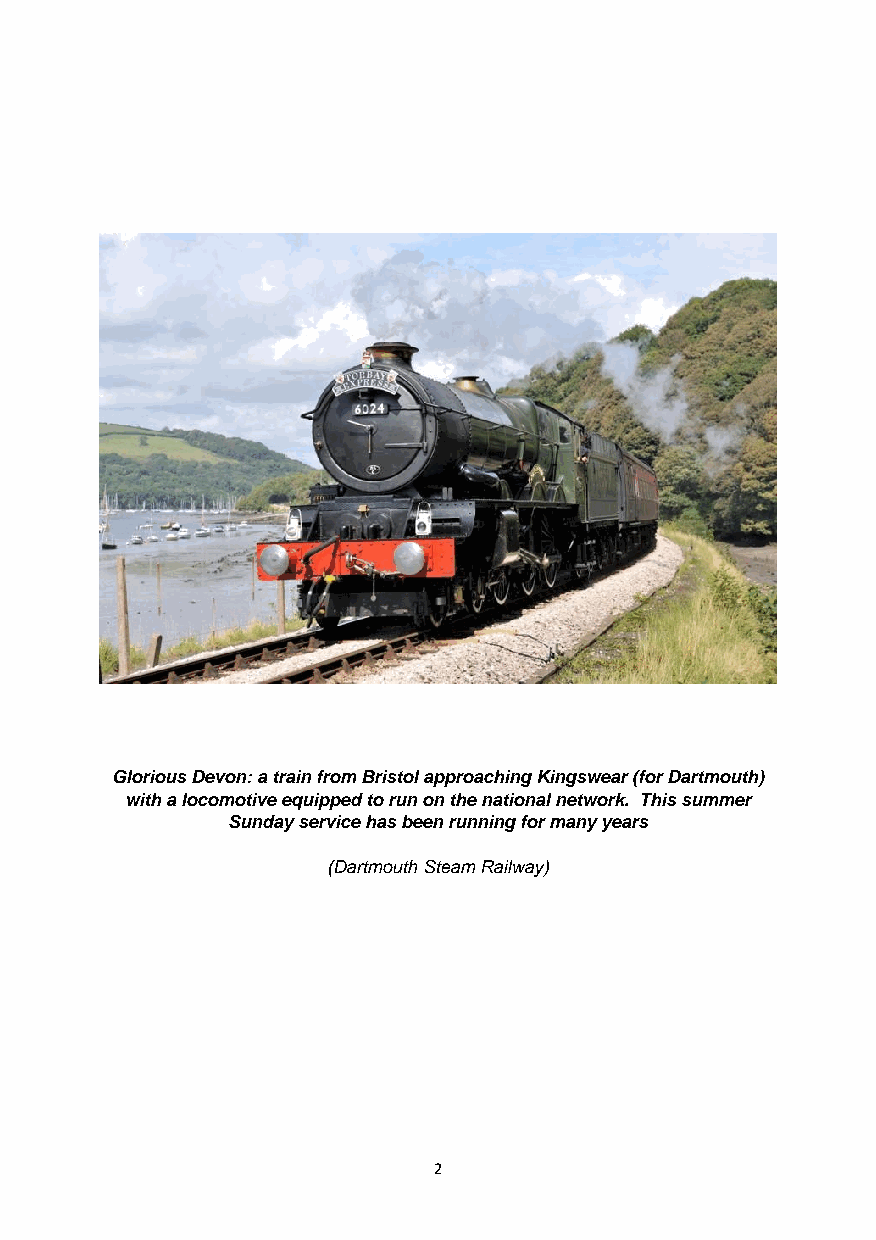
Glorious Devon: a train from Bristol approaching Kingswear (for Dartmouth)
 with a locomotive equipped to run on the national network. This summer
 Sunday service has been running for many years
 (Dartmouth Steam Railway)
 2